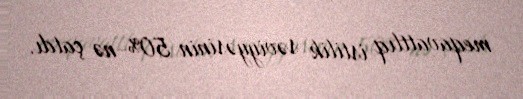
meqavattlıq istilik səviyyəsinin 50%-nə çatdı.